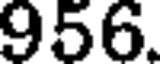
956.